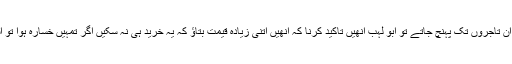
اگر مسلمان کسی طرح ان تاجروں تک پہنچ جاتے تو ابو لہب انھیں تاکید کرنا کہ انھیں اتنی زیادہ قیمت بتاﺅ کہ یہ خرید ہی نہ سکیں اگر تمہیں خسارہ ہوا تو اسے میں پورا کروں گا۔